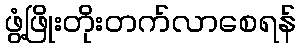
ဖွံ့ဖြိုးတိုးတက်လာစေရန်